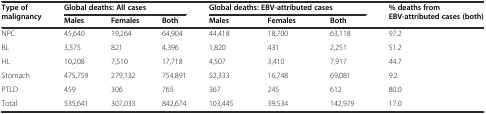
| <ROWSPAN=2> Type of malignancy | <COLSPAN=3> Global deaths: All cases | <COLSPAN=3> Global deaths: EBV-attributed cases | <ROWSPAN=2> % deaths from EBV-attributed cases (both) |
 | Males | Females | Both | Males | Females | Both |
 | --- | --- | --- | --- | --- | --- | --- | --- |
 | NPC | 45,640 | 19,264 | 64,904 | 44,418 | 18,700 | 63,118 | 97.2 |
 | BL | 3,575 | 821 | 4,396 | 1,820 | 431 | 2,251 | 51.2 |
 | HL | 10,208 | 7,510 | 17,718 | 4,507 | 3,410 | 7,917 | 44.7 |
 | Stomach | 475,759 | 279,132 | 754,891 | 52,333 | 16,748 | 69,081 | 9.2 |
 | PTLD | 459 | 306 | 765 | 367 | 245 | 612 | 80.0 |
 | Total | 535,641 | 307,033 | 842,674 | 103,445 | 39,534 | 142,979 | 17.0 |